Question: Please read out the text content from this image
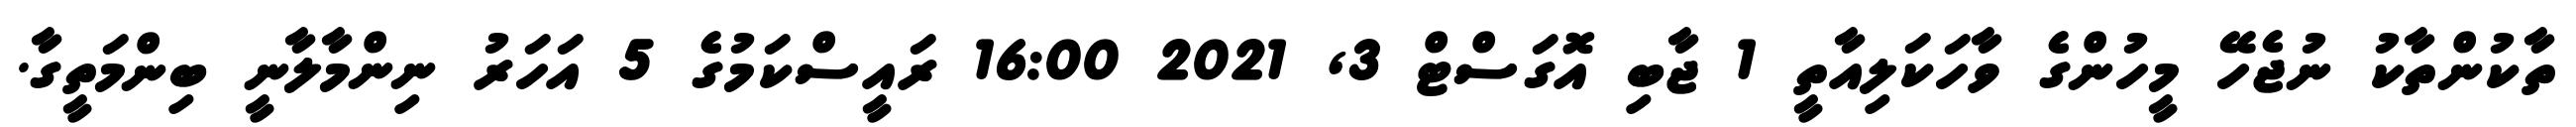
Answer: ތާކުންތާކު ނުޖެހޭ މީހުންގެ ވާހަކަލިއާތީ 1 ޖާބި އޮގަސްޓް 3, 2021 16:00 ރައީސްކަމުގެ 5 އަހަރު ނިންމާލާނީ ބިންމަތީގާ.